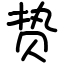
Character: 贽